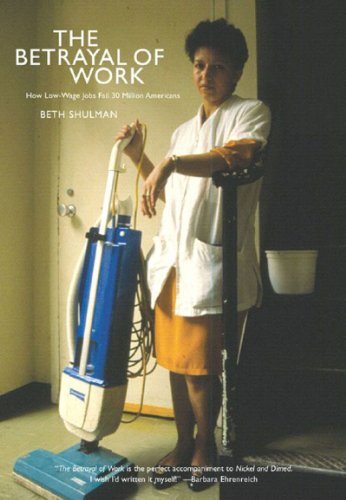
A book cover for The Betrayal of Work: How Low-Wage Jobs Fail 30 Million Americans; Beth Shulman; Business & Money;